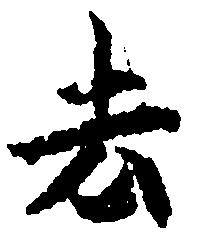
去